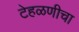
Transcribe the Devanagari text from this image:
टेहळणीचा